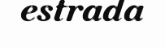
estrada